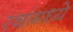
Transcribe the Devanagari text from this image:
रथांमध्ये